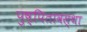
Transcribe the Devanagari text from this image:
पुष्पितावस्था